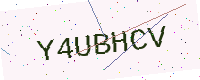
Text: Y4UBHCV